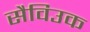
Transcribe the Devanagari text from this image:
सैविउक